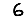
Digit: 6